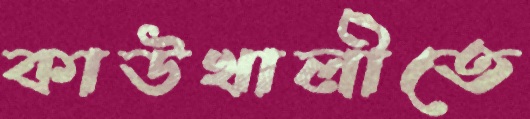
কাউখালীতে